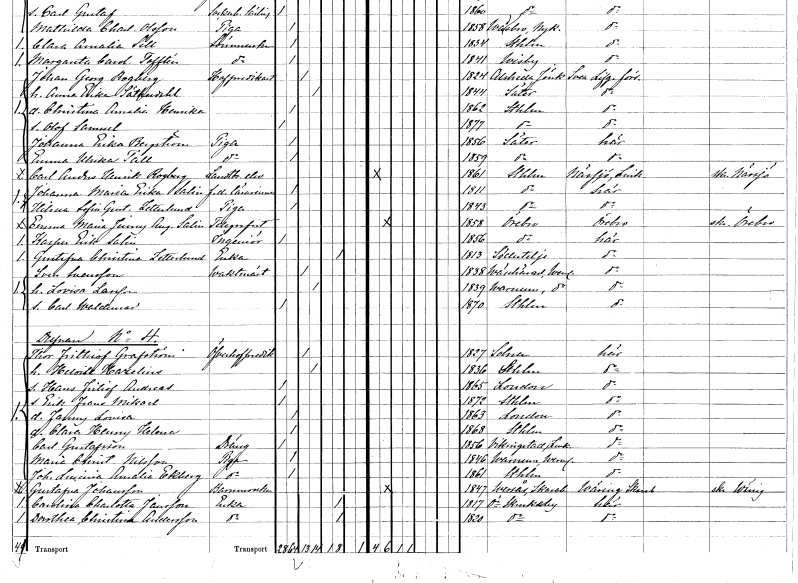
gt_parse: households: individuals: FN: Carl Anders Henrik
EN: Rogberg
YRKE: Lantbrukselev
KON: M
CIV: O
FODAR: 1861
FODFORS: Stockholm
FN: Johanna Maria Erika
EN: Salin
YRKE: Lärarinna f.d.
KON: K
CIV: O
FODAR: 1811
FODFORS: Stockholm
FN: Hilma Sofia Gustafva
EN: Zetterlund
YRKE: Piga
KON: K
CIV: O
FODAR: 1843
FODFORS: Stockholm
FN: Emma Maria Jenny Augusta
EN: Salin
YRKE: Telegrafist
KON: K
CIV: O
FODAR: 1858
FODFORS: Örebro Örebro län
FN: Kasper Erik
EN: Salin
YRKE: Ingenjör
KON: M
CIV: O
FODAR: 1856
FODFORS: Örebro Örebro län
FN: Gustafva Christina
EN: Zetterlund
YRKE: Änka
KON: K
CIV: E
FODAR: 1813
FODFORS: Södertälje Stockholms län
FN: Sven
EN: Svensson
YRKE: Vaktmästare
KON: M
CIV: G
FODAR: 1838
FODFORS: Väse Värmlands län
FN: Lovisa
EN: Larsson
KON: K
CIV: G
FODAR: 1839
FODFORS: Varnum Värmlands län
FN: Carl Waldemar
KON: M
CIV: O
FODAR: 1870
FODFORS: Stockholm
FN: Thor Frithiof
EN: Grafström
YRKE: Överhovpredikant
KON: M
CIV: G
FODAR: 1827
FODFORS: Solna Stockholms län
FN: Heloise
EN: Hazelius
KON: K
CIV: G
FODAR: 1836
FODFORS: Stockholm
FN: Hans Fritiof Andreas
KON: M
CIV: O
FODAR: 1865
FN: Erik Frans Mikael
KON: M
CIV: O
FODAR: 1872
FODFORS: Stockholm
FN: Fanny Lovisa
KON: K
CIV: O
FODAR: 1863
FN: Clara Henny Helena
KON: K
CIV: O
FODAR: 1868
FODFORS: Stockholm
FN: Carl
EN: Gustafsson
YRKE: Dräng
KON: M
CIV: O
FODAR: 1856
FODFORS: Vikingstad Östergötlands län
FN: Maria Christina
EN: Nilsson
YRKE: Piga
KON: K
CIV: O
FODAR: 1846
FODFORS: Varnum Värmlands län
FN: Johanna Lucinia Amalia
EN: Ekberg
YRKE: Piga
KON: K
CIV: O
FODAR: 1861
FODFORS: Stockholm
FN: Gustafva
EN: Johansson
YRKE: Barnmorska
KON: K
CIV: O
FODAR: 1847
FODFORS: Värsås Skaraborgs län
FN: Carolina Charlotta
EN: Jansson
YRKE: Änka
KON: K
CIV: E
FODAR: 1817
FODFORS: Östra Skrukeby Östergötlands län
FN: Dorothea Christina
EN: Andersson
YRKE: Änka
KON: K
CIV: E
FODAR: 1820
FODFORS: Östra Skrukeby Östergötlands län